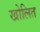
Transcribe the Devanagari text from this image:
खोलित